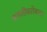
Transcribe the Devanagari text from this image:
प्रगतीबरोबरच